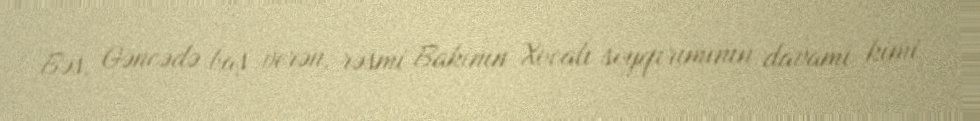
Bəs, Gəncədə baş verən, rəsmi Bakının Xocalı soyqırımının davamı kimi